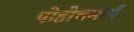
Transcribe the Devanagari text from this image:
पोहोचमार्ग